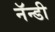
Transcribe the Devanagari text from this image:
नॅन्डी